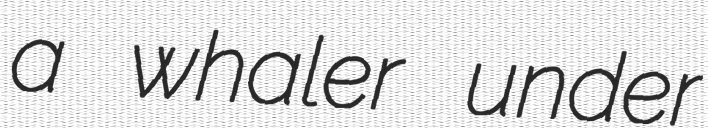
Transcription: a whaler under